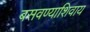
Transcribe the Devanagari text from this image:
बसवण्याशिवाय